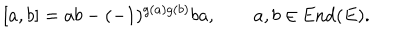
LaTeX: [ a , b ] = a b - ( - 1 ) ^ { g ( a ) g ( b ) } b a , \qquad a , b \in \mathrm { E n d } ( E ) .